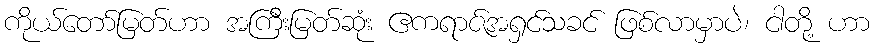
ကိုယ်တော်မြတ်ဟာ အကြီးမြတ်ဆုံး ဧကရာဇ်အရှင်သခင် ဖြစ်လာမှာပဲ၊ ငါတို့ ဟာ